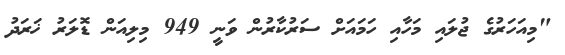
"މިއަހަރުގެ ޖުލައި މަހާއި ހަމައަށް ސަރުކާރުން ވަނީ 949 މިލިއަން ޑޮލަރު ޚަރަދު